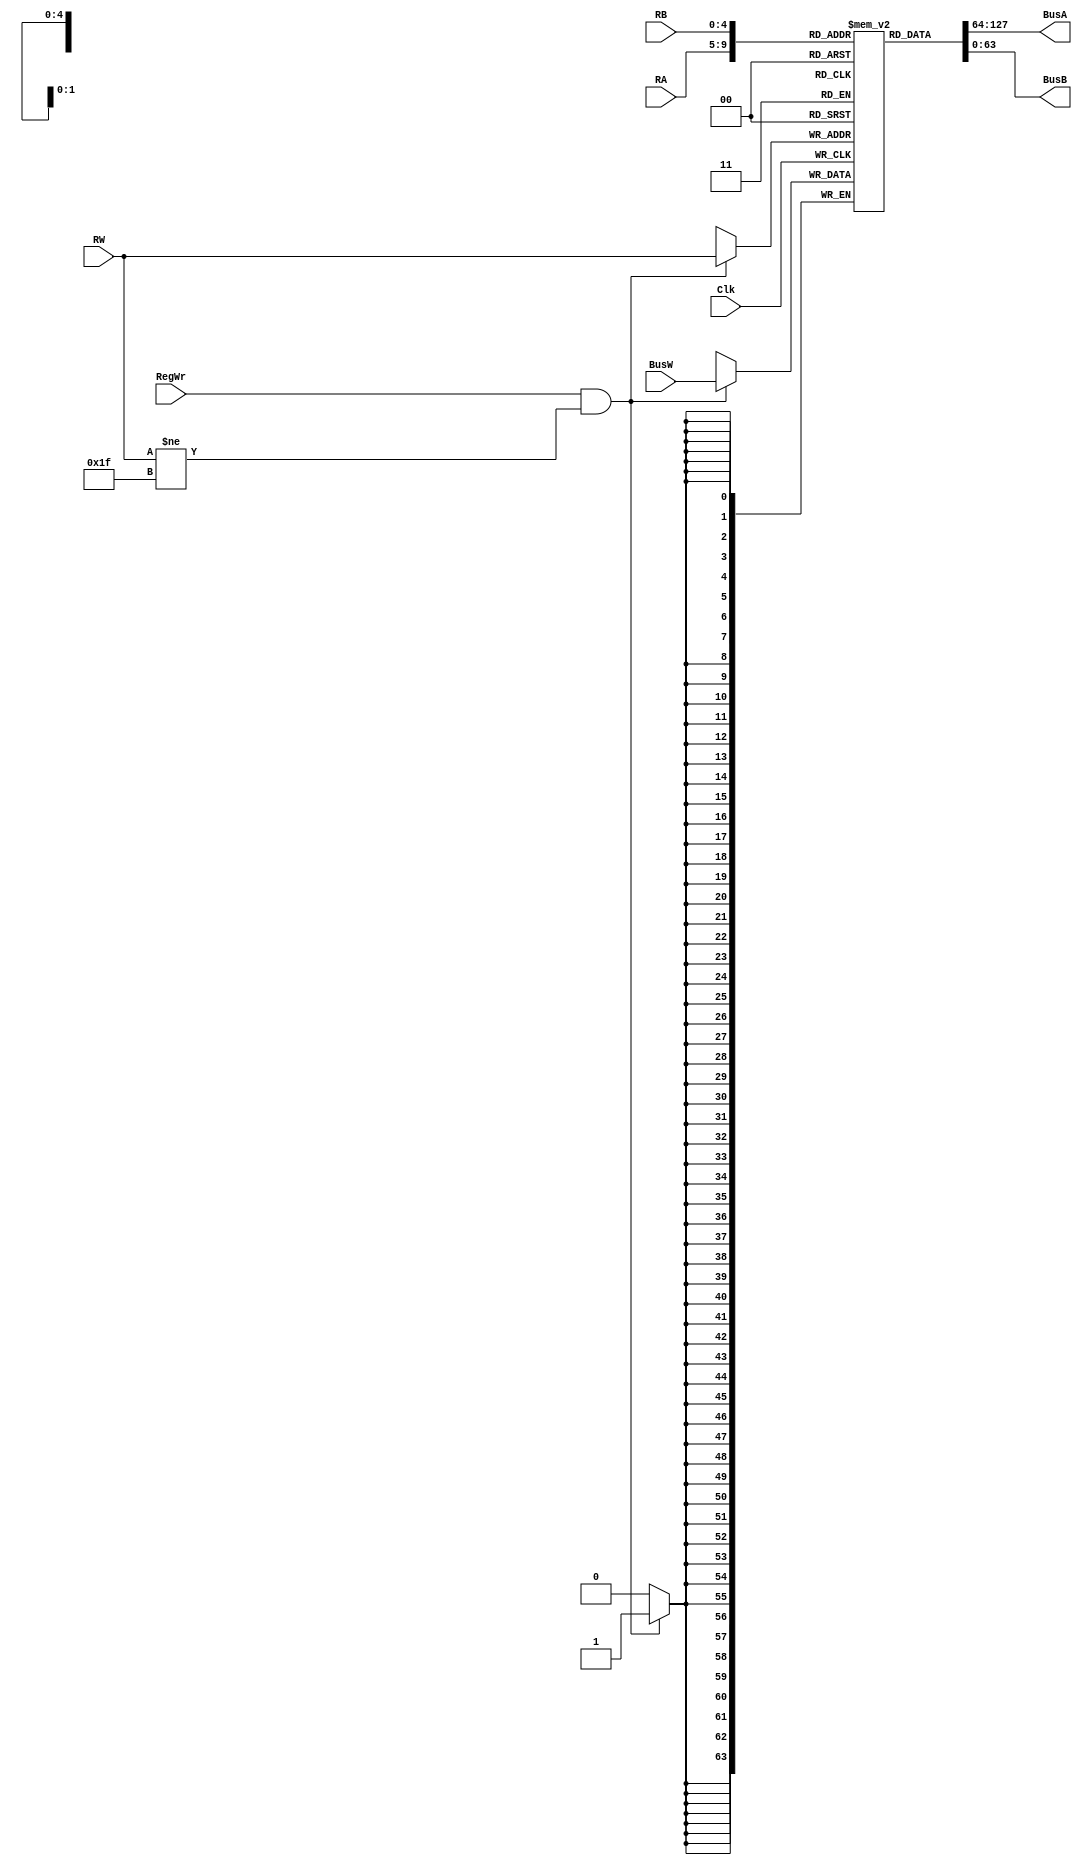
module RegisterFile(BusA, BusB, BusW, RA, RB, RW, RegWr, Clk);
    output [63:0] BusA;
    output [63:0] BusB; 
    input [63:0] BusW; 
    input [4:0] RA, RB, RW;
    input RegWr;
    input Clk;
    reg [63:0] registers [31:0]; 
    initial registers[31] = 64'b0; 
    assign  #2 BusA = registers[RA]; 
    assign  #2 BusB = registers[RB];
    always @ (negedge Clk) begin 
        if(RegWr && RW != 31)
            registers[RW] <=  #3 BusW; 
    end
endmodule